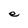
Character: e